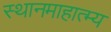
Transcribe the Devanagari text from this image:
स्थानमाहात्म्य